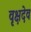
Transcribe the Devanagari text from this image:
वृक्षदेव